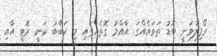
ރޯފިލުވަނީ ބޮޑު ތަވައެއްގަ. އާއްމު ގޮތެއްގައި މި ކަބާބު ކަނީ ރޮޓީ އާއި